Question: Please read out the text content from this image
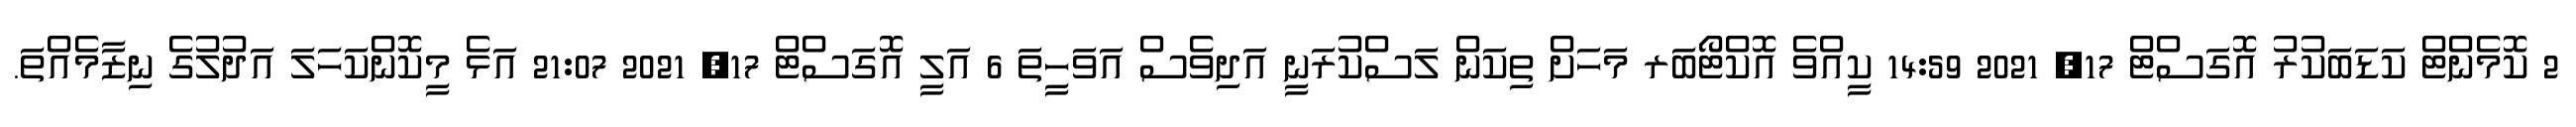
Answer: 2 ކޮމެންޓް ކަޑަބަކުރު އޮގަސްޓް 17, 2021 14:59 ކީއްވެ އޮކްޓޯބަރ މަހަށް ތިކަން ލަސްކުރަނީ އަދިވެސް އަވަހީތަ 6 އަލީ އޮގަސްޓް 17, 2021 21:07 އަޅެ މީކޮންކަހަލަ އަދުލުގެ ނިޒާމެއްތަ.